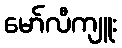
မော်လီကျူး